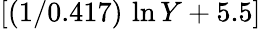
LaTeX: [(1/0.417)\, \ln{Y}+5.5]